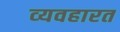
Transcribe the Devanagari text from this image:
व्‍यवहारत